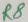
Text: R8